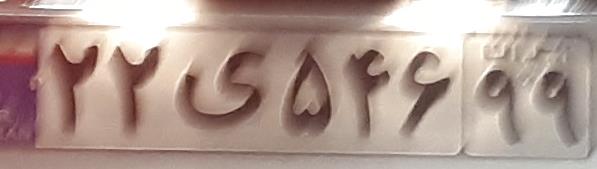
۲۲ی۵۴۶۹۹